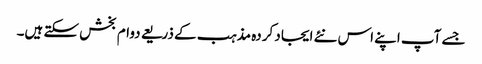
جسے آپ اپنے اس نئے ایجاد کردہ مذہب کے ذریعے دوام بخش سکتے ہیں۔